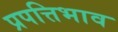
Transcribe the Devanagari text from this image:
प्रपत्तिभाव